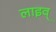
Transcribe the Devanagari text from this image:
लाइव्